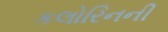
કલોરિનની